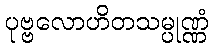
ပုဗ္ဗလောဟိတသမ္ပုဏ္ဏံ